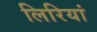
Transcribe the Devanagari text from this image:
लिरियां